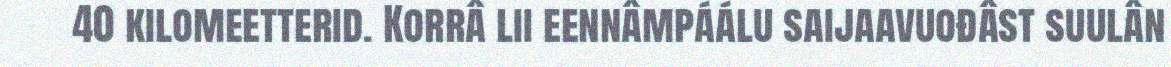
40 kilomeetterid. Korrâ lii eennâmpáálu saijaavuođâst suulân